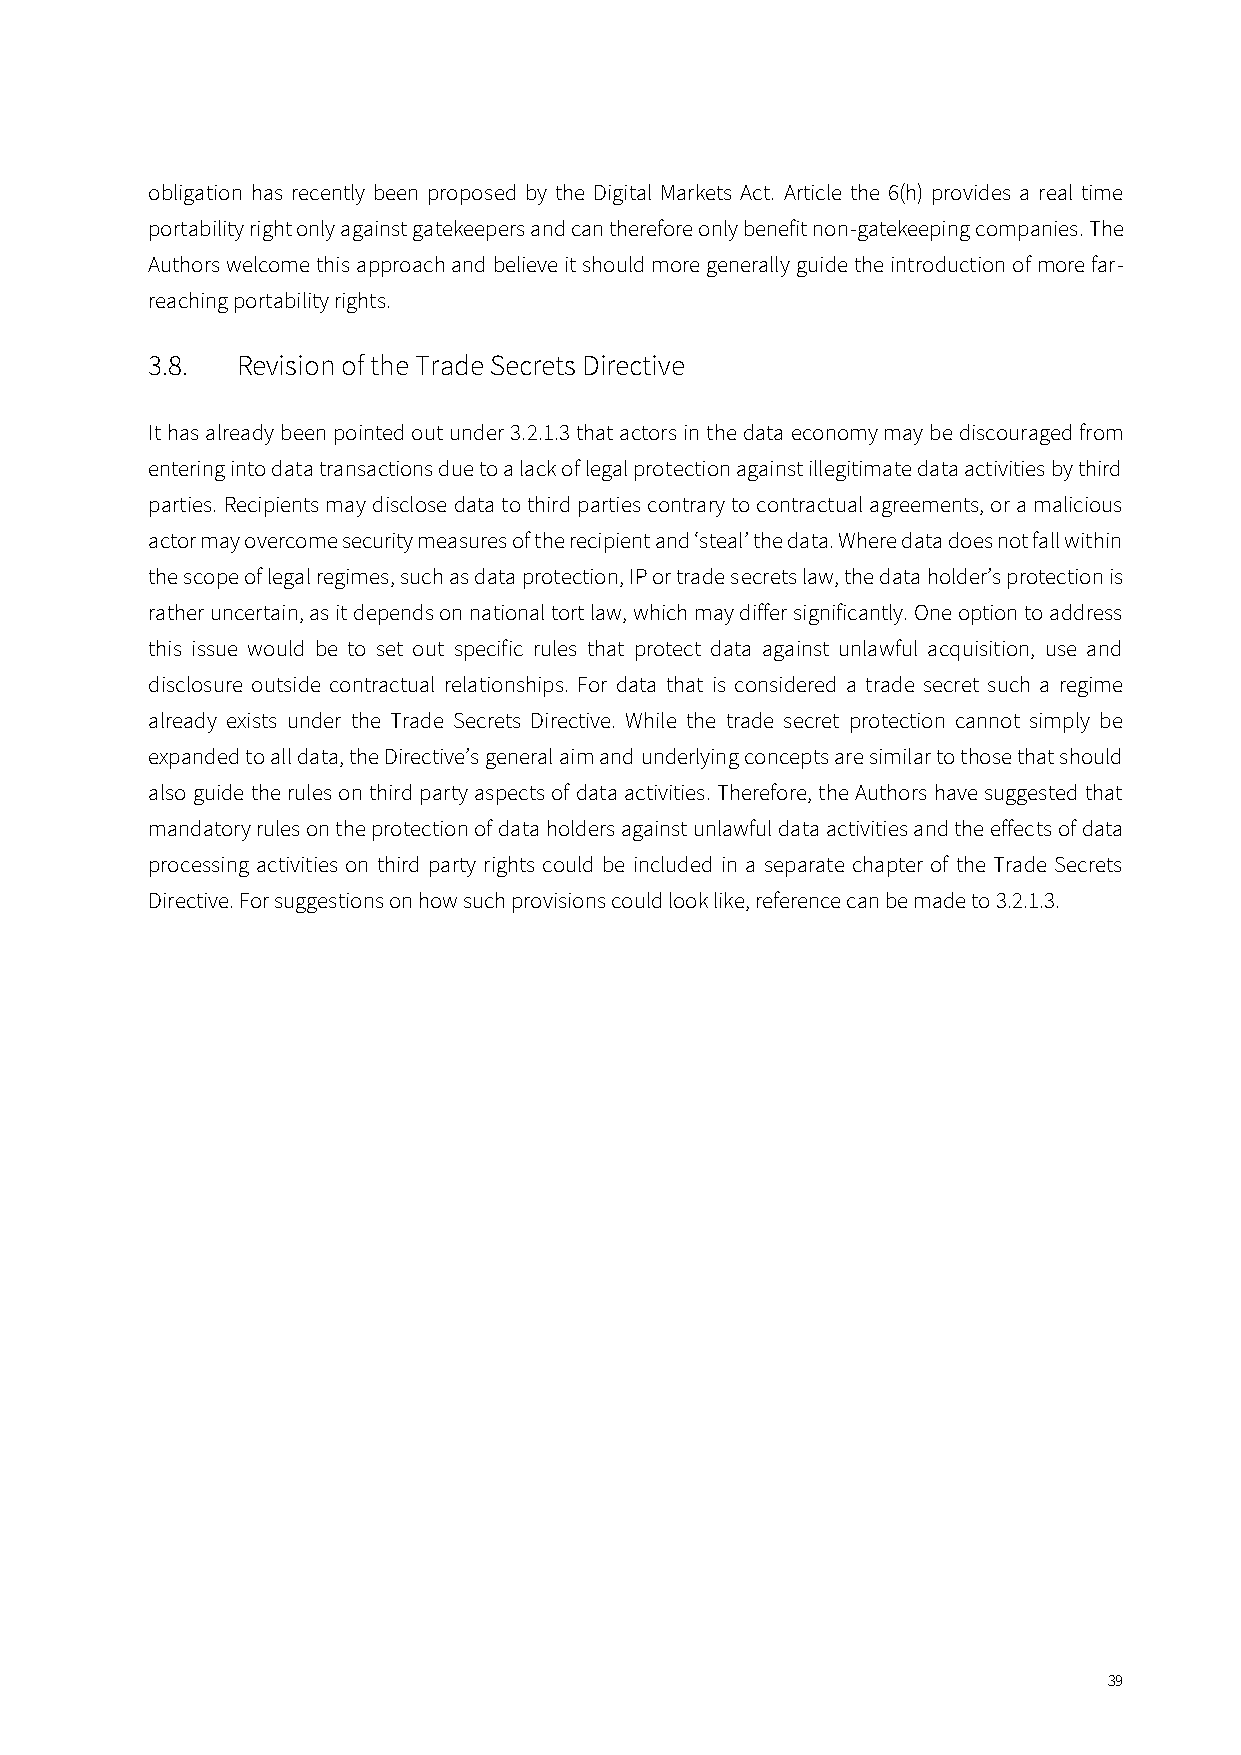
obligation has recently been proposed by the Digital Markets Act. Article the 6(h) provides a real time
 portability right only against gatekeepers and can therefore only benefit non-gatekeeping companies. The
 Authors welcome this approach and believe it should more generally guide the introduction of more far-
 reaching portability rights.
 3.8.  Revision of the Trade Secrets Directive
 It has already been pointed out under 3.2.1.3 that actors in the data economy may be discouraged from
 entering into data transactions due to a lack of legal protection against illegitimate data activities by third
 parties. Recipients may disclose data to third parties contrary to contractual agreements, or a malicious
 actor may overcome security measures of the recipient and ‘steal’ the data. Where data does not fall within
 the scope of legal regimes, such as data protection, IP or trade secrets law, the data holder’s protection is
 rather uncertain, as it depends on national tort law, which may differ significantly. One option to address
 this issue would be to set out specific rules that protect data against unlawful acquisition, use and
 disclosure outside contractual relationships. For data that is considered a trade secret such a regime
 already exists under the Trade Secrets Directive. While the trade secret protection cannot simply be
 expanded to all data, the Directive’s general aim and underlying concepts are similar to those that should
 also guide the rules on third party aspects of data activities. Therefore, the Authors have suggested that
 mandatory rules on the protection of data holders against unlawful data activities and the effects of data
 processing activities on third party rights could be included in a separate chapter of the Trade Secrets
 Directive. For suggestions on how such provisions could look like, reference can be made to 3.2.1.3.
 39